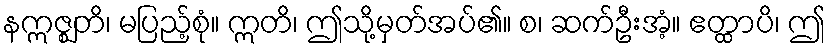
နဣဇ္ဈတိ၊ မပြည့်စုံ။ ဣတိ၊ ဤသို့မှတ်အပ်၏။ စ၊ ဆက်ဦးအံ့။ ဧတ္ထာပိ၊ ဤ